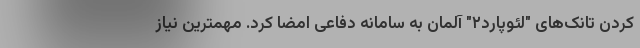
کردن تانک‌های "لئوپارد۲" آلمان به سامانه دفاعی امضا کرد. مهمترین نیاز